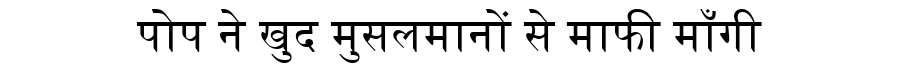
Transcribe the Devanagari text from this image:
पोप ने खुद मुसलमानों से माफी माँगी